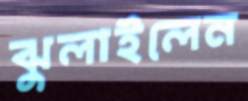
ঝুলাইলেন